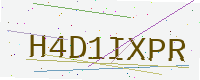
Text: H4D1IXPR